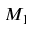
M _ { 1 }